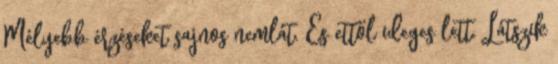
Mélyebb érzéseket sajnos nemlát. És ettől ideges lett. Látszik